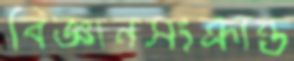
বিজ্ঞানসংক্রান্ত